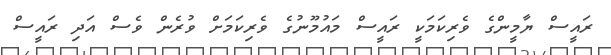
ރައީސް ޔާމީންގެ ވެރިކަމަކީ ރައީސް މައުމޫނުގެ ވެރިކަމަށް ވުރެން ވެސް އަދި ރައީސް